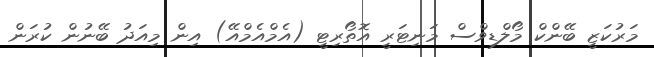
މަރުކަޒީ ބޭންކް މޯލްޑިވްސް މަނިޓަރީ އޮތޯރިޓީ (އެމްއެމްއޭ) އިން މިއަދު ބޭނުން ކުރަން